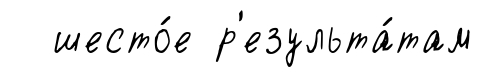
шесто́е р'езульта́там